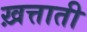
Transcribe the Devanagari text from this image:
ख़त्ताती